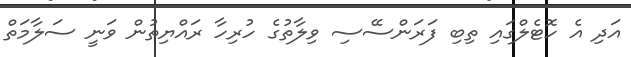
އަދި އެ ހޮޓެލްގައި ތިބި ފަރަންސޭސި ވިލާތުގެ ހުރިހާ ރައްޔިތުން ވަނީ ސަލާމަތް